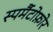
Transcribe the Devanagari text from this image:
स्पर्मैटोफ़ोर